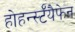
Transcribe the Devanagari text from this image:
होहर्न्स्टॅयैफेन